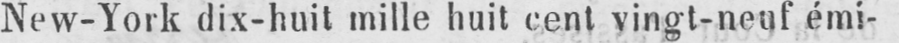
New-York dix-huit mille huit cent vingt-neuf émi-